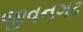
જીવનગઢ